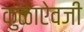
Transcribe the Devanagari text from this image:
कुळाऐवजी